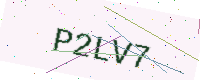
Text: P2LV7